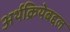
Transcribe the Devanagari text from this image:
अर्थक्रियेबद्दल